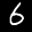
Digit: 6